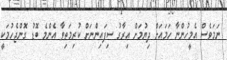
ނަމަވެސް އެމީހުންނާ ހަމައަށް ދިޔުމަށް އިރާގު ސިފައިންނަށް ކުރިމަތިވާ އެންމެ ބޮޑު ގޮންޖެހުމަކީ